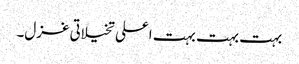
بہت بہت بہت اعلی تخیلاتی غزل۔